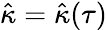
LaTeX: \hat{\kappa}=\hat{\kappa}(\tau)